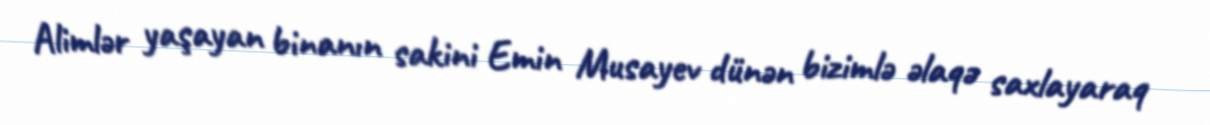
Alimlər yaşayan binanın sakini Emin Musayev dünən bizimlə əlaqə saxlayaraq